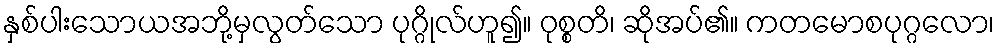
နှစ်ပါးသောယအဘို့မှလွတ်သော ပုဂ္ဂိုလ်ဟူ၍။ ဝုစ္စတိ၊ ဆိုအပ်၏။ ကတမောစပုဂ္ဂလော၊